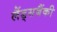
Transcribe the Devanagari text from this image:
लैंड्सबैंकी